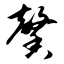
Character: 馨